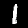
Label: 1